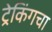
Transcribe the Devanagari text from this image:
ट्रेकिंगचा